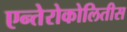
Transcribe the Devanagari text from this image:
एन्तेरोकोलितीस